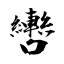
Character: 轡